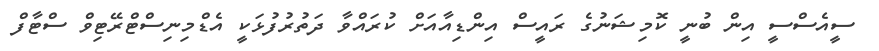
ސީއެސްސީ އިން ބުނީ ކޮމިޝަނުގެ ރައީސް އިންޑިއާއަށް ކުރައްވާ ދަތުރުފުޅަކީ އެޑްމިނިސްޓްރޭޓިވް ސްޓާފް